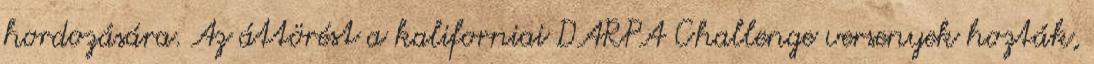
hordozására. Az áttörést a kaliforniai DARPA Challenge versenyek hozták,